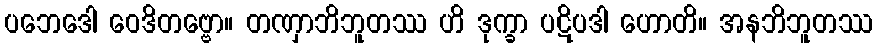
ပဘေဒေါ ဝေဒိတဗ္ဗော။ တဏှာဘိဘူတဿ ဟိ ဒုက္ခာ ပဋိပဒါ ဟောတိ။ အနဘိဘူတဿ